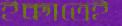
ইচ্ছাতেই